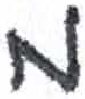
אות: מ